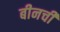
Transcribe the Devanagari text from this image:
बीनची